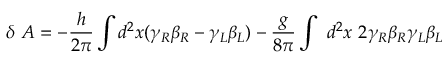
\delta ~ A = - { \frac { h } { 2 \pi } } \int d ^ { 2 } x ( \gamma _ { R } \beta _ { R } - \gamma _ { L } \beta _ { L } ) - { \frac { g } { 8 \pi } } \int ~ d ^ { 2 } x ~ 2 \gamma _ { R } \beta _ { R } \gamma _ { L } \beta _ { L }